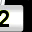
Digit: 2